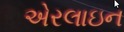
એરલાઇન